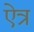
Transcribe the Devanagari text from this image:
ऐत्र